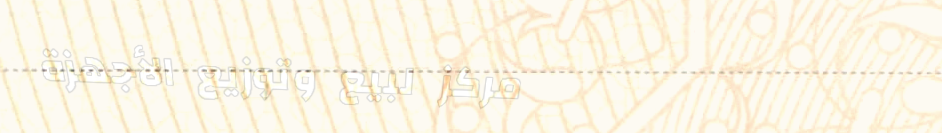
مركز لبيع وتوزيع الأجهزة